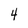
Character: 4